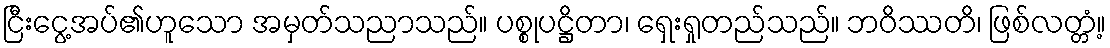
ငြီးငွေ့အပ်၏ဟူသော အမှတ်သညာသည်။ ပစ္စုပဋ္ဌိတာ၊ ရှေးရှုတည်သည်။ ဘဝိဿတိ၊ ဖြစ်လတ္တံ့။